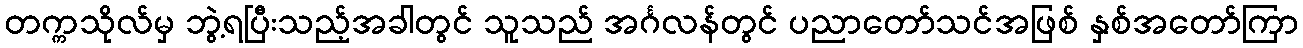
တက္ကသိုလ်မှ ဘွဲ့ရပြီးသည့်အခါတွင် သူသည် အင်္ဂလန်တွင် ပညာတော်သင်အဖြစ် နှစ်အတော်ကြာ